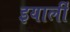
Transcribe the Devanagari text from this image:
इयार्ली